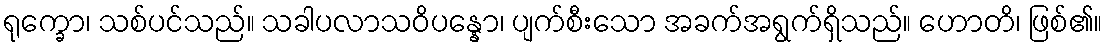
ရုက္ခော၊ သစ်ပင်သည်။ သခါပလာသဝိပန္နော၊ ပျက်စီးသော အခက်အရွက်ရှိသည်။ ဟောတိ၊ ဖြစ်၏။